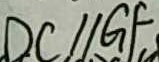
D C / / G F